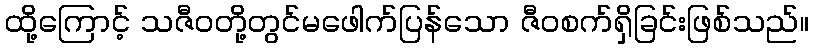
ထို့ကြောင့် သဇီဝတို့တွင်မဖေါက်ပြန်သော ဇီဝစက်ရှိခြင်းဖြစ်သည်။